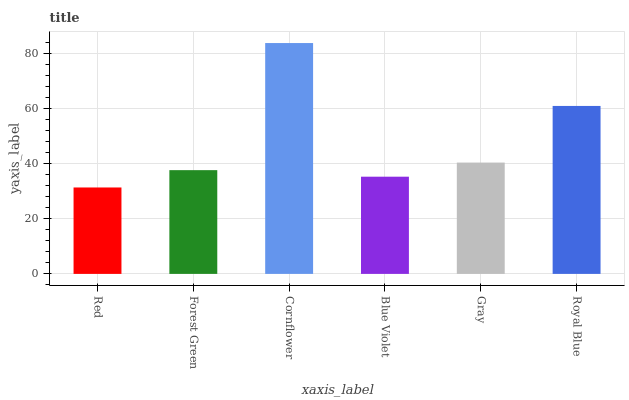
| xaxis_label | bars |
 | --- | --- |
 | Red | 31.3 |
 | Forest Green | 37.6 |
 | Cornflower | 83.7 |
 | Blue Violet | 35.3 |
 | Gray | 40.4 |
 | Royal Blue | 60.9 |